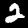
Label: 2